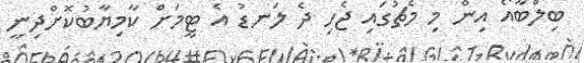
ބިލްބާއޯ އިން މި މެޗުގައި ޖެހި ދެ ލަނޑު އެ ޓީމަށް ކާމިޔާބުކޮށްދިނީ